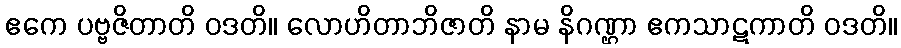
ဧကေ ပဗ္ဗဇိတာတိ ဝဒတိ။ လောဟိတာဘိဇာတိ နာမ နိဂဏ္ဌာ ဧကသာဋကာတိ ဝဒတိ။